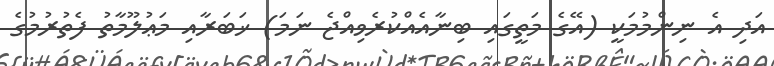
އަދި އެ ނިންމުމަކީ (އޭގެ މަތީގައި ބިނާއެއްކުރެވިއްޖެ ނަމަ) ޚަބަރާއި މަޢުލޫމާތު ފެތުރުމުގެ